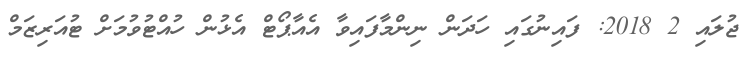
ޖުލައި 2 2018: ފައިނުގައި ހަދަން ނިންމާފައިވާ އެއާޕޯޓް އެޅުން ހުއްޓުވުމަށް ޓުއަރިޒަމް